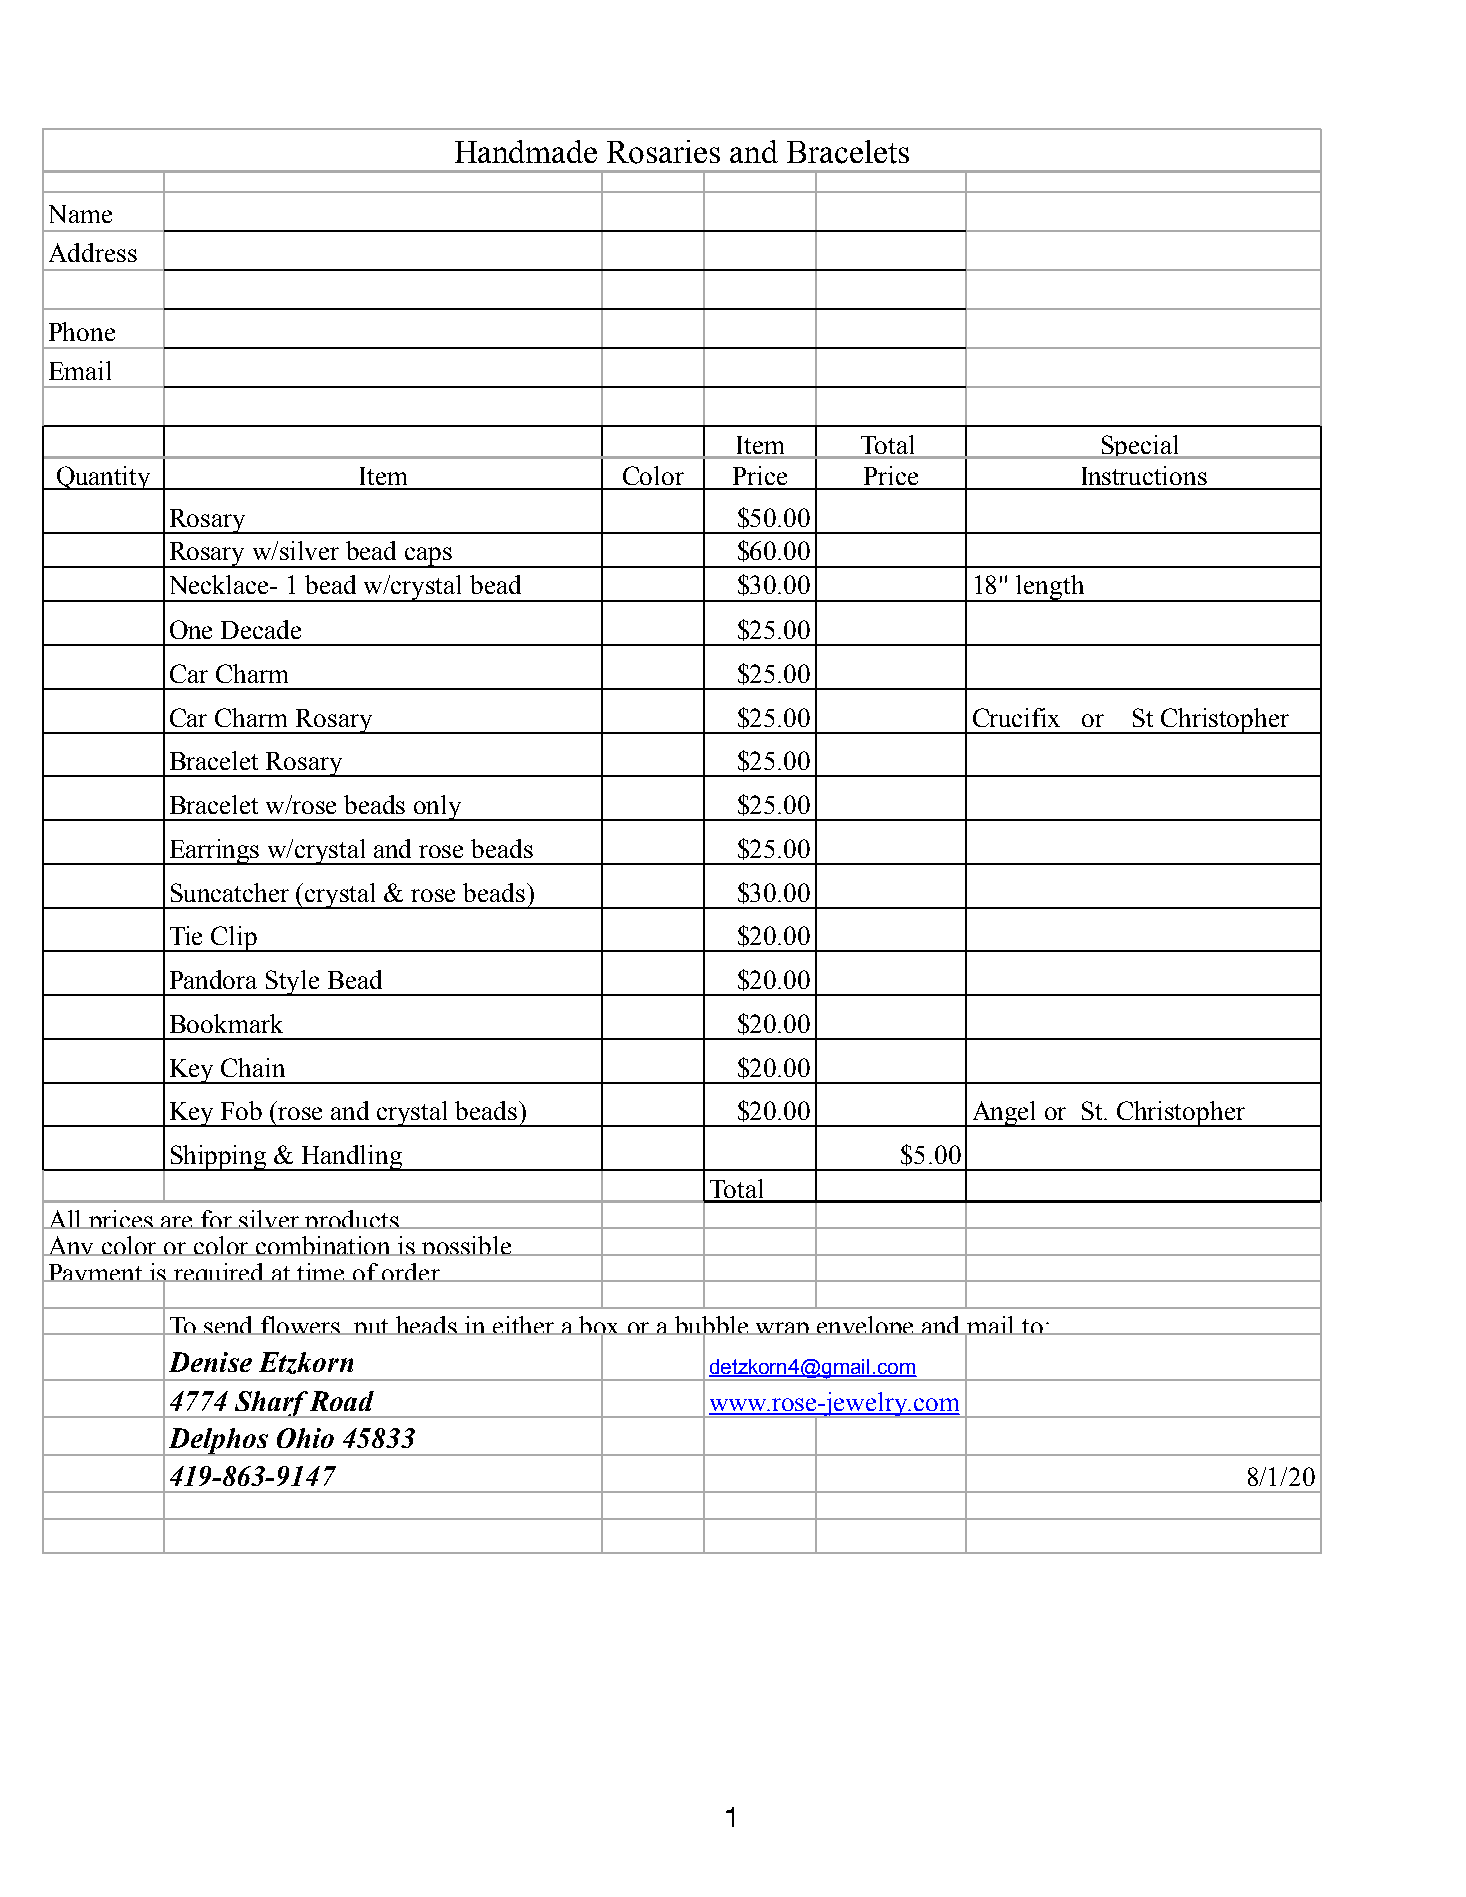
Handmade  Rosaries and Bracelets
 Name
 Address
 Phone
 Email
 Item    Total           Special
 Quantity            Item             Color  Price    Price         Instructions
 Rosary                                $50.00
 Rosary w/silver bead caps             $60.00
 Necklace- 1 bead w/crystal bead       $30.00         18" length
 One Decade                            $25.00
 Car Charm                             $25.00
 Car Charm Rosary                      $25.00         Crucifix or St Christopher
 Bracelet Rosary                       $25.00
 Bracelet w/rose beads only            $25.00
 Earrings w/crystal and rose beads     $25.00
 Suncatcher (crystal & rose beads)     $30.00
 Tie Clip                              $20.00
 Pandora Style Bead                    $20.00
 Bookmark                              $20.00
 Key Chain                             $20.00
 Key Fob (rose and crystal beads)      $20.00         Angel or St. Christopher
 Shipping & Handling                              $5.00
 Total
 All prices are for silver products
 Any color or color combination is possible
 Payment is required at time of order
 To send flowers, put heads in either a box or a bubble wrap envelope and mail to:
 Denise Etzkorn
 detzkorn4@gmail.com
 4774 Sharf Road                     www.rose-jewelry.com
 Delphos Ohio 45833
 419-863-9147                                                           8/1/20
 1